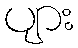
ပျား